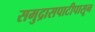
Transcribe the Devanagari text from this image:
समुद्रासपाटीपासून